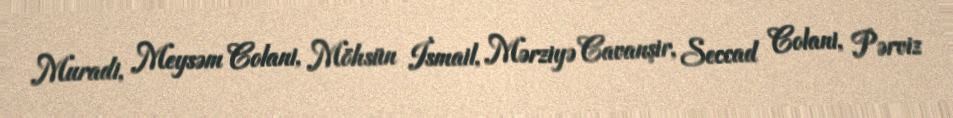
Muradi, Meysəm Colani, Möhsün İsmail, Mərziyə Cavanşir, Seccad Colani, Pərviz